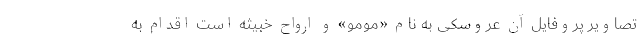
تصاویر پروفایل آن عروسکی به ‌نام «مومو» و ارواح خبیثه است اقدام به